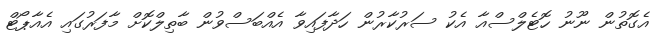
އެގޮތުން ނޫނު ހޮޓެލްސްއާ އެކު ސަރުކާރުން ހަދާފައިވާ އެއްބަސްވުން ބާތިލްކޮށް މާފަރުގައި އެއާޕޯޓް